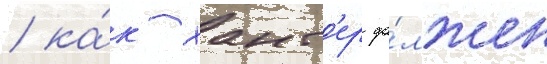
/ ка́к хант'ер до́лжен